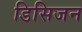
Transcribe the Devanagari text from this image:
डिसिजन